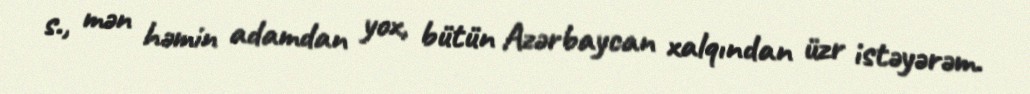
s., mən həmin adamdan yox, bütün Azərbaycan xalqından üzr istəyərəm.